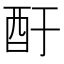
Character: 酑